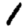
Digit: 1